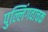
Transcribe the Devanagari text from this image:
पुल्लिंगवाचक